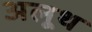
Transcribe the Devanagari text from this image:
अलूथ